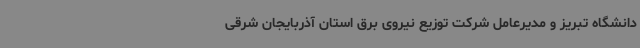
دانشگاه تبریز و مدیرعامل شرکت توزیع نیروی برق استان آذربایجان شرقی